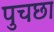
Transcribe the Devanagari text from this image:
पुचछा